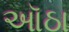
ઑઠા